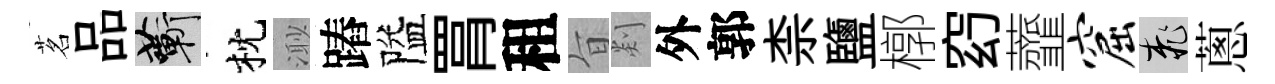
茗品蔪枕𣺌蹖隘罥租旨剡外郭柰鹽槨𥥆虀窟桃蔥